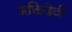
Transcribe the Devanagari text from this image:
भक्तिदेवी